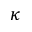
\kappa